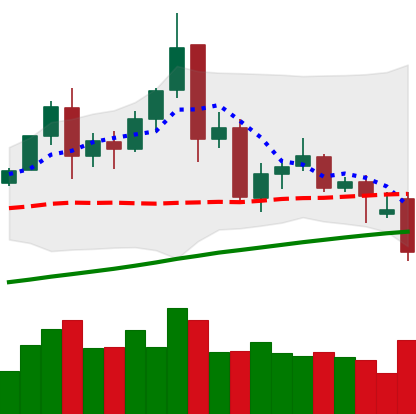
Ticker: TRX-USD
Chart end date: 2021-11-26
Forward return: 5.413%
Label: up_5_7